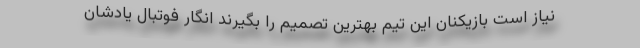
نیاز است بازیکنان این تیم بهترین تصمیم را بگیرند انگار فوتبال یادشان